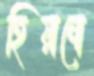
হিয়ানো